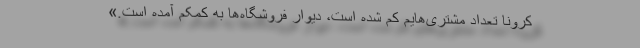
کرونا تعداد مشتری‌هایم کم شده است، دیوار فروشگاه‌ها به کمکم آمده است.»